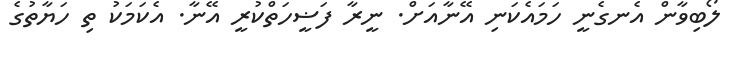
ލޯބިވާން އެނގެނީ ހަމައެކަނި އޭނާއަށް. ނީރާ ފަޟީހަތްކުރީ އޭނާ. އެކަމަކު ތި ހަޔާތުގެ